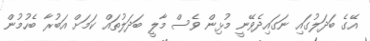
އޭގެ ބަދަލުގައި ނަގައިދެވޭނީ މުޅިން ވެސް މާލީ ބަދަލުތައް ކަމަށް އަބުރާ ބެހުމުން